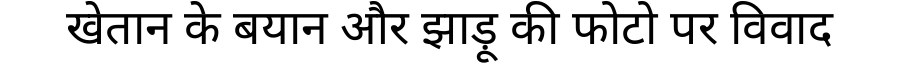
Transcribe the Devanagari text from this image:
खेतान के बयान और झाड़ू की फोटो पर विवाद